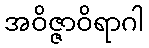
အဝိဇ္ဇာဝိရာဂါ